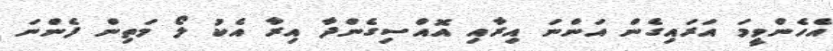
އެހެންވީމަ އަރައިގެން އަންނަ އިރާއި އޮއްސިގެންދާ އިރާ އެކު ލޯ މަތިން ފެންނަ